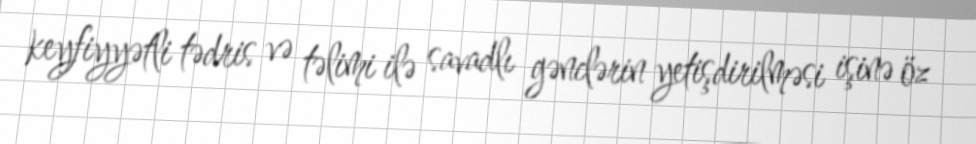
keyfiyyətli tədris və təlimi ilə savadlı gənclərin yetişdirilməsi işinə öz